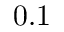
0 . 1